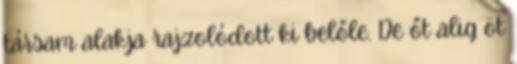
társam alakja rajzolódott ki belőle. De őt alig öt